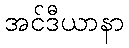
အင်ဒီယာနာ